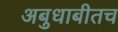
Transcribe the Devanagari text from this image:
अबुधाबीतच